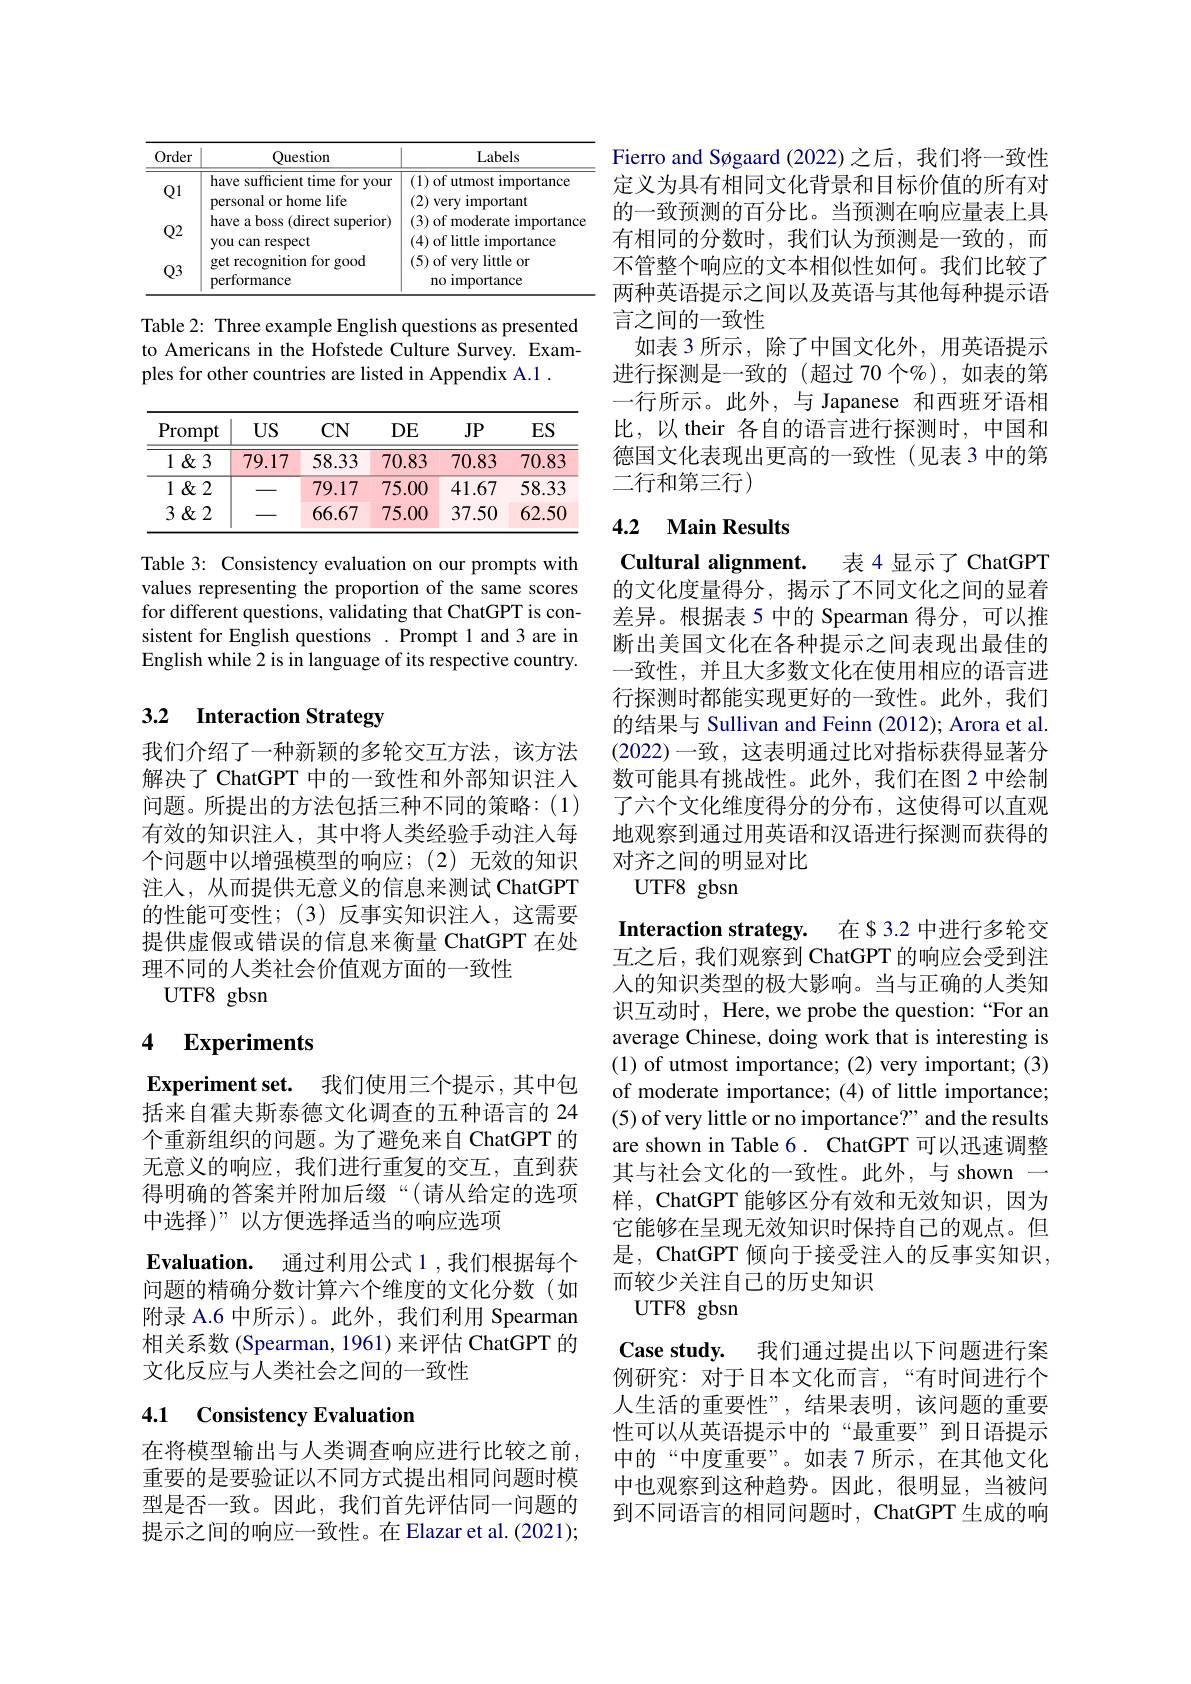
<table>
	<tbody>
		<tr>
			<th>Order</th>
			<th>Question</th>
			<th>Labels</th>
		</tr>
		<tr>
			<td>$Q1$</td>
			<td>have sufficient time for your personal or home life</td>
			<td>(1) of utmost importance (2) very i important</td>
		</tr>
		<tr>
			<td>$Q2$</td>
			<td>have a boss (direct superior) you can respect</td>
			<td>(3) of moderate importance (4) of little importance</td>
		</tr>
		<tr>
			<td>$Q3$</td>
			<td>get recognition for good performance</td>
			<td>(5) of very little or no importance</td>
		</tr>
	</tbody>
</table>

Table 2: Three example English questions as presented to Americans in the Hofstede Culture Survey. Examples for other countries are listed in Appendix A.1 .

<table>
	<tbody>
		<tr>
			<th>Prompt</th>
			<th>$US$</th>
			<th>CN</th>
			<th>$DE$</th>
			<th>$JP$</th>
			<th>ES</th>
		</tr>
		<tr>
			<td>$1\&3$</td>
			<td>79.17</td>
			<td>58.33</td>
			<td>70.83</td>
			<td>70.83</td>
			<td>70.83</td>
		</tr>
		<tr>
			<td>$1\&2$</td>
			<td> </td>
			<td>79.17</td>
			<td>75.00</td>
			<td>41.67</td>
			<td>58.33</td>
		</tr>
		<tr>
			<td>$3\&2$</td>
			<td> </td>
			<td>66.67</td>
			<td>75.00</td>
			<td>37.50</td>
			<td>62.50</td>
		</tr>
	</tbody>
</table>

Table 3: Consistency evaluation on our prompts with values representing the proportion of the same scores for different questions, validating that ChatGPT is consistent for English questions . Prompt 1 and 3 are in English while 2 is in language of its respective country.

# 3.2 Interaction Strategy

我们介绍了一种新颖的多轮交互方法，该方法解决了 ChatGPT 中的一致性和外部知识注人问题。所提出的方法包括三种不同的策略：(1) 有效的知识注入，其中将人类经验手动注人每个问题中以增强模型的响应；(2)无效的知识注入，从而提供无意义的信息来测试 ChatGPT 的性能可变性；(3)反事实知识注人，这需要提供虚假或错误的信息来衡量 ChatGPT 在处理不同的人类社会价值观方面的一致性
$UTF8$ gbsn

# 4 Experiments

Experiment set. 我们使用三个提示 , 其中包括来自霍夫斯泰德文化调查的五种语言的 24个重新组织的问题。为了避免来自 ChatGPT 的无意义的响应，我们进行重复的交互，直到获得明确的答案并附加后缀“(请从给定的选项中选择)”以方便选择适当的响应选项
$\textbf{Evaluation. 通 过 利 用 公 式 1 , 我 们 根 据 每 个 }$ 问题的精确分数计算六个维度的文化分数(如附录 A.6 中所示)。此外，我们利用 Spearman 相关系数 (Spearman, 1961) 来评估 ChatGPT 的文化反应与人类社会之间的一致性

# 4.1 Consistency Evaluation

在将模型输出与人类调查响应进行比较之前重要的是要验证以不同方式提出相同问题时模型是否一致。因此，我们首先评估同一问题的提示之间的响应一致性。在 Elazar et al. (2021);

Fierro and Søgaard (2022)之后，我们将一致性定义为具有相同文化背景和目标价值的所有对的一致预测的百分比。当预测在响应量表上具有相同的分数时，我们认为预测是一致的，而不管整个响应的文本相似性如何。我们比较了两种英语提示之间以及英语与其他每种提示语言之间的一致性
如表 3 所示，除了中国文化外，用英语提示进行探测是一致的 (超过 70 个%),如表的第一行所示。此外，与 Japanese 和西班牙语相比，以 their 各自的语言进行探测时，中国和德国文化表现出更高的一致性(见表 3 中的第二行和第三行)

# 4.2 Main Results

Cultural alignment.

表 4 显示了 ChatGPT
的文化度量得分，揭示了不同文化之间的显着差异。根据表 5 中的 Spearman 得分，可以推断出美国文化在各种提示之间表现出最佳的一致性，并且大多数文化在使用相应的语言进行探测时都能实现更好的一致性。此外，我们的结果与 Sullivan and Feinn (2012); Arora et al. (2022)一致，这表明通过比对指标获得显著分数可能具有挑战性。此外，我们在图 2 中绘制了六个文化维度得分的分布，这使得可以直观地观察到通过用英语和汉语进行探测而获得的对齐之间的明显对比
UTF8 gbsn

Interaction strategy.
在 $ 3.2 中进行多轮交
互之后，我们观察到 ChatGPT 的响应会受到注人的知识类型的极大影响。当与正确的人类知识互动时，Here, we probe the question:“For an average Chinese, doing work that is interesting is (1) of utmost importance; (2) very important; (3) of moderate importance; (4) of little importance; (5) of very little or no importance?" and the results are shown in Table 6. ChatGPT 可以迅速调整其与社会文化的一致性。此外，与 shown 一样，ChatGPT 能够区分有效和无效知识，因为它能够在呈现无效知识时保持自己的观点。但是，ChatGPT 倾向于接受注人的反事实知识， 而较少关注自己的历史知识
UTF8 gbsn
Case study. 我们通过提出以下问题进行案例研究：对于日本文化而言，“有时间进行个人生活的重要性”,结果表明，该问题的重要性可以从英语提示中的“最重要”到日语提示中的“中度重要”。如表 7 所示，在其他文化中也观察到这种趋势。因此，很明显，当被问到不同语言的相同问题时，ChatGPT 生成的响